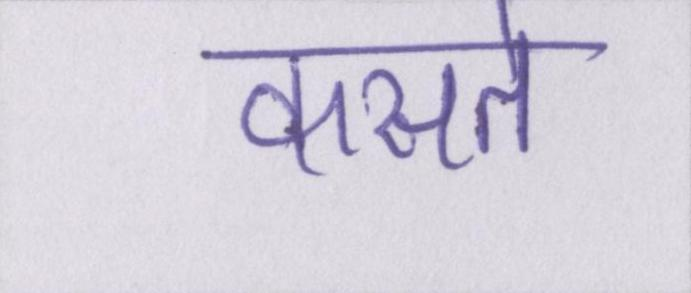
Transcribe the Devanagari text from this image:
कसते